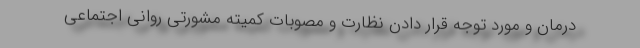
درمان و مورد توجه قرار دادن نظارت و مصوبات کمیته مشورتی روانی اجتماعی